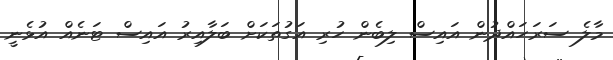
މާލެ ސަރަހައްދުން އައިސް ލިބެން ހުރި އަގުތަކަށް ބަލާއިރު އައިސް ޓަނެއް އުޅެނީ